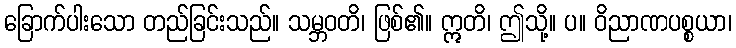
ခြောက်ပါးသော တည်ခြင်းသည်။ သမ္ဘဝတိ၊ ဖြစ်၏။ ဣတိ၊ ဤသို့။ ပ။ ဝိညာဏပစ္စယာ၊